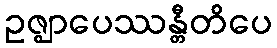
ဥဇ္ဈာပေဿန္တီတိပေ